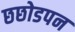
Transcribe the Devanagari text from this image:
छछोडपन